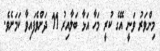
މިންވަރު ވަނީ އޭގެ ކުރީ މަހާ އަޅާ ބަލާއިރު 11 ދަށްވެފައިވާ ކަމަށެވެ.